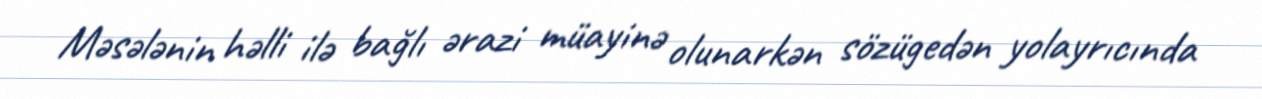
Məsələnin həlli ilə bağlı ərazi müayinə olunarkən sözügedən yolayrıcında